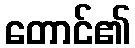
တောင်၏